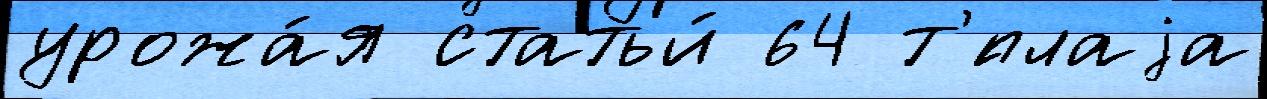
урожа́я статьи́ 64 т'́плаjа